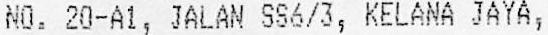
NO. 20-A1, JALAN SS6/3, KELANA JAYA,